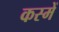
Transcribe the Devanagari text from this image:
कस्में